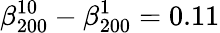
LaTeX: \beta_{200}^{10}-\beta_{200}^{1}=0.11